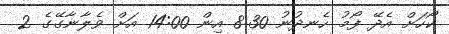
ކޯހަށް އެދޭ ފޯމު ހެނދުނު 8:30 އިން 14:00 އަށް ވެލާނާގޭގެ 2